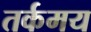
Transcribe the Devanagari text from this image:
तर्कमय